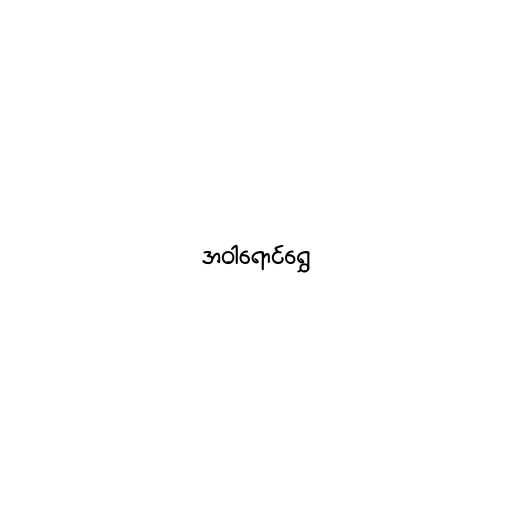
အဝါရောင်ရွှေ